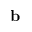
\mathbf { b }